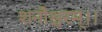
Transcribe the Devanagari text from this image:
शनौश्चरम्।।